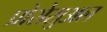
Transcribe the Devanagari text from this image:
प्रोसेसुअल